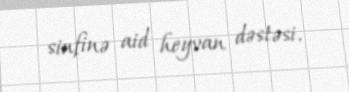
sinfinə aid heyvan dəstəsi.